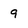
Character: 9